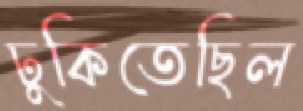
ঢুকিতেছিল